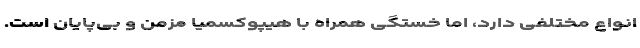
انواع مختلفی دارد، اما خستگی همراه با هیپوکسمیا مزمن و بی‌پایان است.